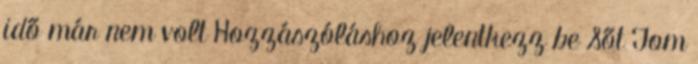
idő már nem volt Hozzászóláshoz jelentkezz be Sőt Tom